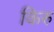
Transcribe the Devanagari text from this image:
किरु